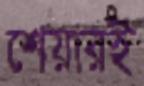
শেয়ারই